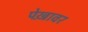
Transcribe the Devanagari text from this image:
पेख़ावर